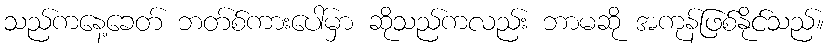
သည်ကနေ့ခေတ် ဘတ်စ်ကားပေါ်မှာ ဆိုသည်ကလည်း ဘာမဆို အကုန်ဖြစ်နိုင်သည်။